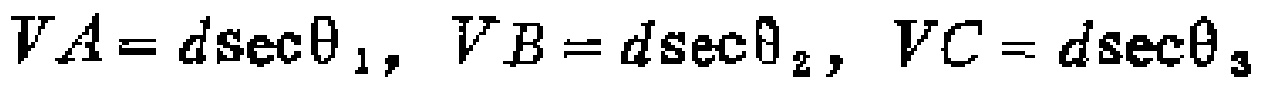
$VA = d\sec\theta_1, VB = d\sec\theta_2, VC = d\sec\theta_3$